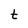
Character: t